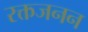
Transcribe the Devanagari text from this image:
रक्तजनन